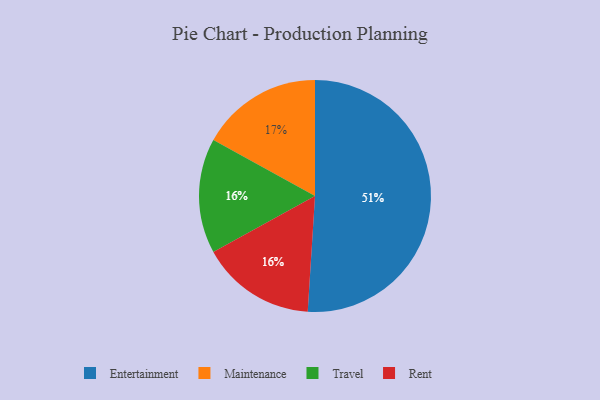
{"axis": {"x": "Category", "y": "Percentage"}, "legend": ["Entertainment", "Maintenance", "Rent", "Travel"], "data": [{"x": "Maintenance", "y": 17, "type": "Maintenance"}, {"x": "Entertainment", "y": 51, "type": "Entertainment"}, {"x": "Travel", "y": 16, "type": "Travel"}, {"x": "Rent", "y": 16, "type": "Rent"}]}